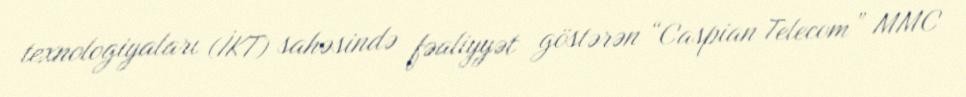
texnologiyaları (İKT) sahəsində fəaliyyət göstərən “Caspian Telecom” MMC